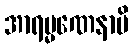
အာရမ္မဏေနာပိ